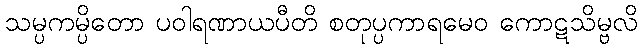
သမ္ပကမ္ပိတော ပဝါရဏာယပီတိ စတုပ္ပကာရမေဝ ကောဋသိမ္ဗလိ